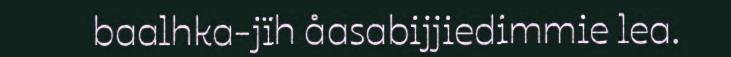
baalhka-jïh åasabijjiedimmie lea.